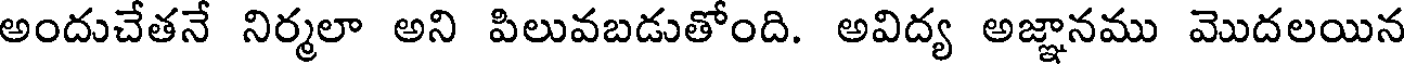
అందుచేతనే నిర్మలా అని పిలువబడుతోంది. అవిద్య అజ్ఞానము మొదలయిన